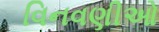
વિનવણીઓ